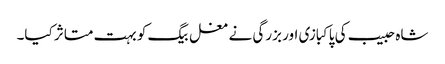
شاہ حبیب کی پاکبازی اور بزرگی نے مغل بیگ کو بہت متاثر کیا۔